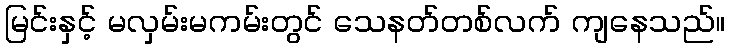
မြင်းနှင့် မလှမ်းမကမ်းတွင် သေနတ်တစ်လက် ကျနေသည်။